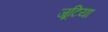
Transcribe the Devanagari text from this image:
जूटिया